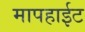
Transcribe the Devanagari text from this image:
मापहाईट